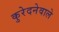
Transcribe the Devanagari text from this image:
कुरेदनेवाले